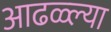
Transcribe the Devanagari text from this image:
आढळ्ल्या